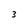
Character: 3